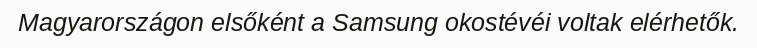
Magyarországon elsőként a Samsung okostévéi voltak elérhetők.